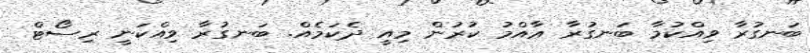
ބަނގުރާ ވިއްކުމާ ބަނގުރާ ޢާއްމު ކުރުން މިއީ ދެކަމެއް. ބަނގުރާ ވިއްކަނީ ރިސޯޓް